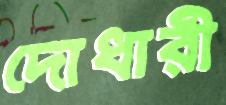
দোধারী